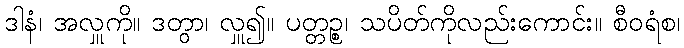
ဒါနံ၊ အလှူကို။ ဒတွာ၊ လှူ၍။ ပတ္တဉ္စ၊ သပိတ်ကိုလည်းကောင်း။ စီဝရံစ၊